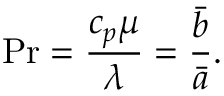
\mathrm { P r } = \frac { c _ { p } \mu } { \lambda } = \frac { \bar { b } } { \bar { a } } .